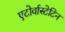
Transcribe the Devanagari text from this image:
एटोर्वास्टेटिन